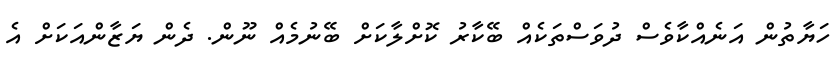
ހަޔާތުން އަނެއްކާވެސް ދުވަސްތަކެއް ބޭކާރު ކޮށްލާކަށް ބޭނުމެއް ނޫން. ދެން ޔަޒާންއަކަށް އެ